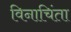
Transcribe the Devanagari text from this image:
विनाचिंता